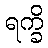
ရက္ခိ